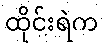
ထိုင်းရဲက